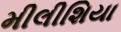
મીલીશિયા